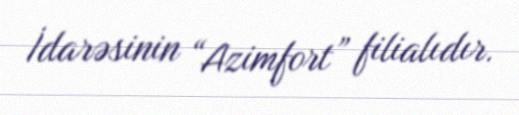
İdarəsinin “Azimfort” filialıdır.